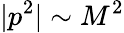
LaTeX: |p^{2}|\sim M^{2}